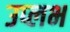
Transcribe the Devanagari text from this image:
उप्लभ